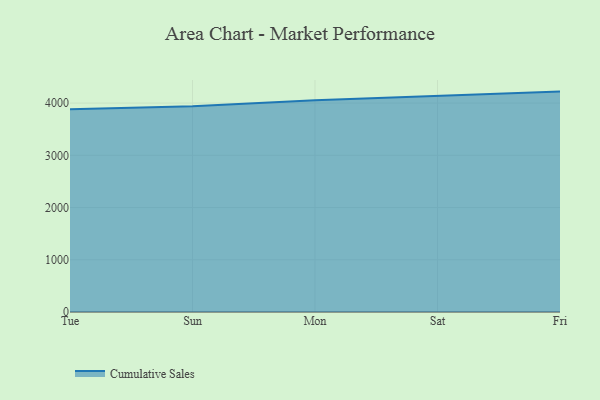
{"axis": {"x": "Day", "y": "Conversion Rate (%)"}, "legend": ["Cumulative Sales"], "data": [{"x": "Tue", "y": 3883.9, "type": "Cumulative Sales"}, {"x": "Sun", "y": 3937.5, "type": "Cumulative Sales"}, {"x": "Mon", "y": 4052.4, "type": "Cumulative Sales"}, {"x": "Sat", "y": 4141.5, "type": "Cumulative Sales"}, {"x": "Fri", "y": 4220.0, "type": "Cumulative Sales"}]}